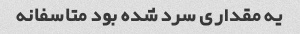
یه مقداری سرد شده بود متاسفانه